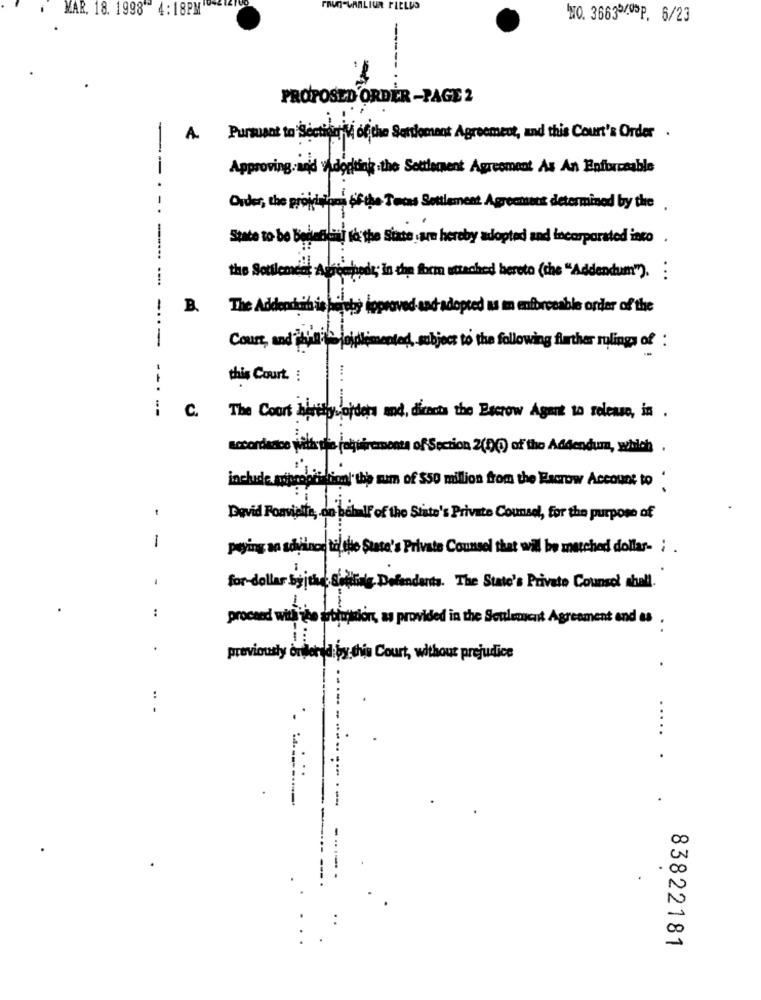
WAR. 18. 1998 4:18PM'
NO. 366354P, 6/23
PROPOSED ORDER -PAGE 2
A
Pursuant to Section of the Settlement Agreement, and this Court's Order .
Approving.and Adopting .the Settlement Agreement As An Enforceable
Order, the projdetons of the Tecas Seulement Agreement determined by the
State to be beneficial to the Siate are hereby adopted and incorporated into
the Settlement Agreehedt; in the form attached hereto (the "Addendum").
------- --
B.
The Adderduits is bilete hope
dadopted as mm enforceable order of the
----
Court, and phun'
ated, subject to the following further rulings of :
this Court. :
-----
C.
The Court hirtty orders and, directa the Escrow Agent to release, in .
accordance with the joquirements of Section 2(0℃) of the Addendum, which .
include mitrogci liom' the sum of $50 million from the Rawrow Account to '
David Ponviele, on behalf of the State's Private Counsel, for the purpose of
1
plying an sdivino to the State's Private Counsel that will be matched dollar- ; .
-
for-dollar byjthe Sadthing Defendants. The State's Private Counsel shall.
:
proceed with The arttustion, as provided in the Seulement Agreement end as .
.
previously ordered by this Court, without prejudice
:
.
.....
-
83822181